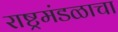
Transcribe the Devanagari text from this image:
राष्ट्रमंडळाचा